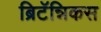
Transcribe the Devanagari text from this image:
ब्रिटॅन्निकस